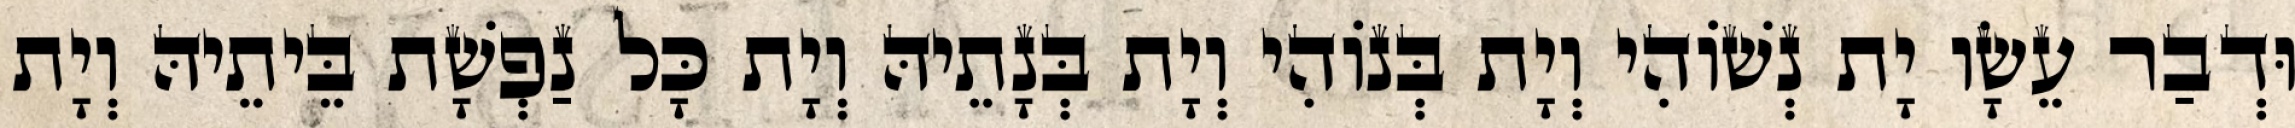
וּדְבַר עֵשָׂו יָת נְשׁוֹהִי וְיָת בְּנוֹהִי וְיָת בְּנָתֵיהּ וְיָת כָּל נַפְשָׁת בֵּיתֵיהּ וְיָת